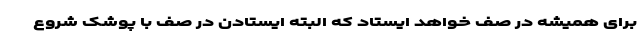
برای همیشه در صف خواهد ایستاد که البته ایستادن در صف با پوشک شروع